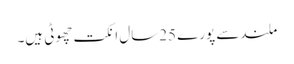
ملندسے پورے 25سال انکت چھوٹی ہیں۔